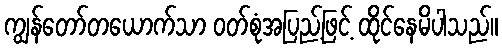
ကျွန်တော်တယောက်သာ ဝတ်စုံအပြည့်ဖြင့် ထိုင်နေမိပါသည်။